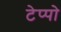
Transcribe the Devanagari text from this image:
टेप्पो